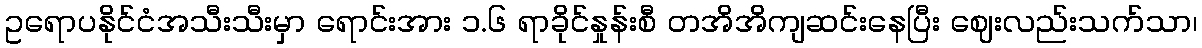
ဥရောပနိုင်ငံအသီးသီးမှာ ရောင်းအား ၁.၆ ရာခိုင်နှုန်းစီ တအိအိကျဆင်းနေပြီး ဈေးလည်းသက်သာ၊